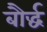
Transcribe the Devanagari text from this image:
बौर्द्ध